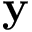
\textbf { y }